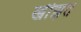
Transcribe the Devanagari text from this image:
खीझते